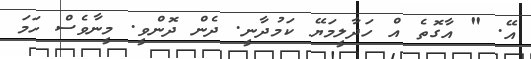
އޭ. " އާގޮތެ އް ހަދާލީމަޔޭ ކަމުދާނީ. ދެން ދޮންވީ. މީނާވެސް ހަމަ